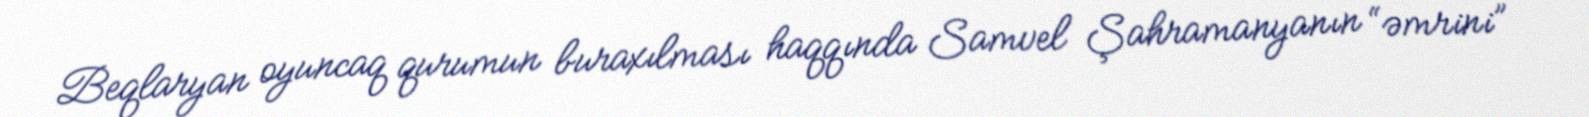
Beqlaryan oyuncaq qurumun buraxılması haqqında Samvel Şahramanyanın “əmrini”